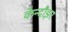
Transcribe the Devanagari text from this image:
केन्दौझर